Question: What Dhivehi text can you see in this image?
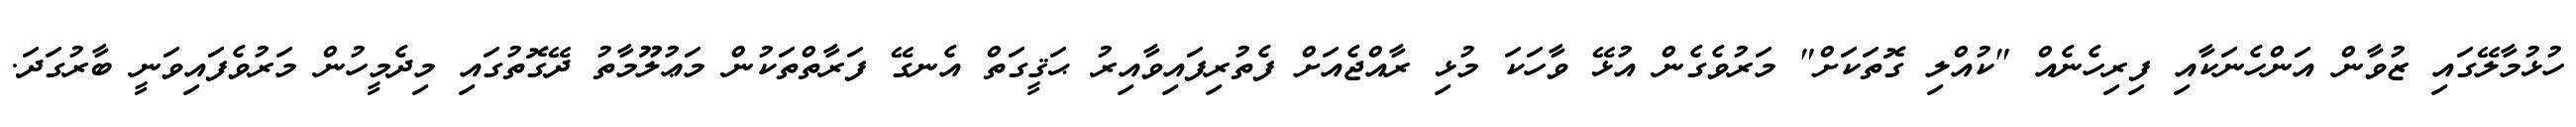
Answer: ހުޅުމާލޭގައި ޒުވާން އަންހެނަކާއި ފިރިހެނެއް "ކުއްލި ގޮތަކަށް" މަރުވެގެން އުޅޭ ވާހަކަ މުޅި ރާއްޖެއަށް ފެތުރިފައިވާއިރު ޙަޤީގަތް އެނގޭ ފަރާތްތަކުން މަޢުލޫމާތު ދޭގޮތުގައި މިދެމީހުން މަރުވެފައިވަނީ ބާރުގަދަ.